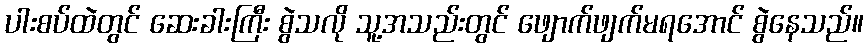
ပါးစပ်ထဲတွင် ဆေးခါးကြီး စွဲသလို သူ့အသည်းတွင် ဖျောက်ဖျက်မရအောင် စွဲနေသည်။